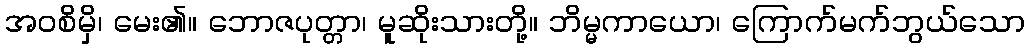
အဝစိမှိ၊ မေး၏။ ဘောဇပုတ္တာ၊ မူဆိုးသားတို့။ ဘိမ္မကာယော၊ ကြောက်မက်ဘွယ်သော